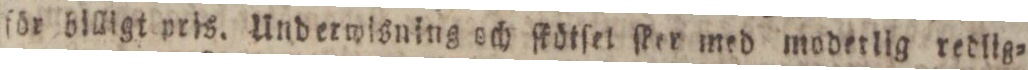
för billigt pris. Underwisning och ſkötſet ſker med moderlig redlig=